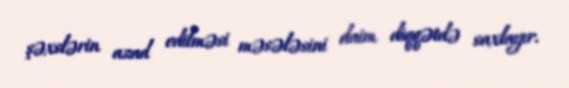
şəxslərin azad edilməsi məsələsini daim diqqətdə saxlayır.